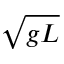
\sqrt { g L }